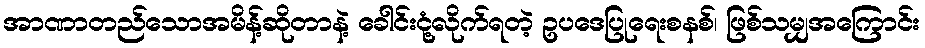
အာဏာတည်သောအမိန့်ဆိုတာနဲ့ ခေါင်းငုံ့လိုက်ရတဲ့ ဥပဒေပြုရေးစနစ်၊ ဖြစ်သမျှအကြောင်း